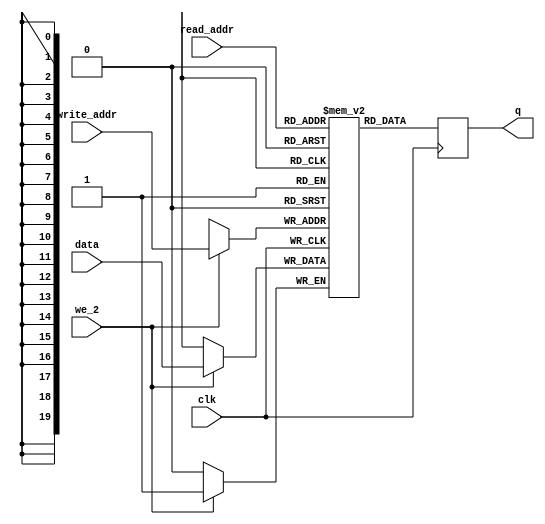
// Quartus Prime Verilog Template
// Simple Dual Port RAM with separate read/write addresses and
// single read/write clock

module FB_blue_mem
#(parameter DATA_WIDTH=1, parameter ADDR_WIDTH=20)
(
	input [(DATA_WIDTH-1):0] data,  
	input [(ADDR_WIDTH-1):0] read_addr, write_addr, 
	input we_2, clk,
	output reg [(DATA_WIDTH-1):0] q
);

	// Declare the RAM variable
	reg [DATA_WIDTH-1:0] b_ram[614399:0];

	always @ (posedge clk)
	begin
		// Write
		if (we_2)
		   begin
			b_ram[write_addr] <= data;
         end	
	end
	
	always @ (posedge clk)
	begin
			//read
       	q <= b_ram[read_addr];
         // overwrite by zero
		   //b_ram[read_addr] = 0 ;
	end
	
endmodule